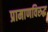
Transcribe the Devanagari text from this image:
प्रामाणविरुद्ध